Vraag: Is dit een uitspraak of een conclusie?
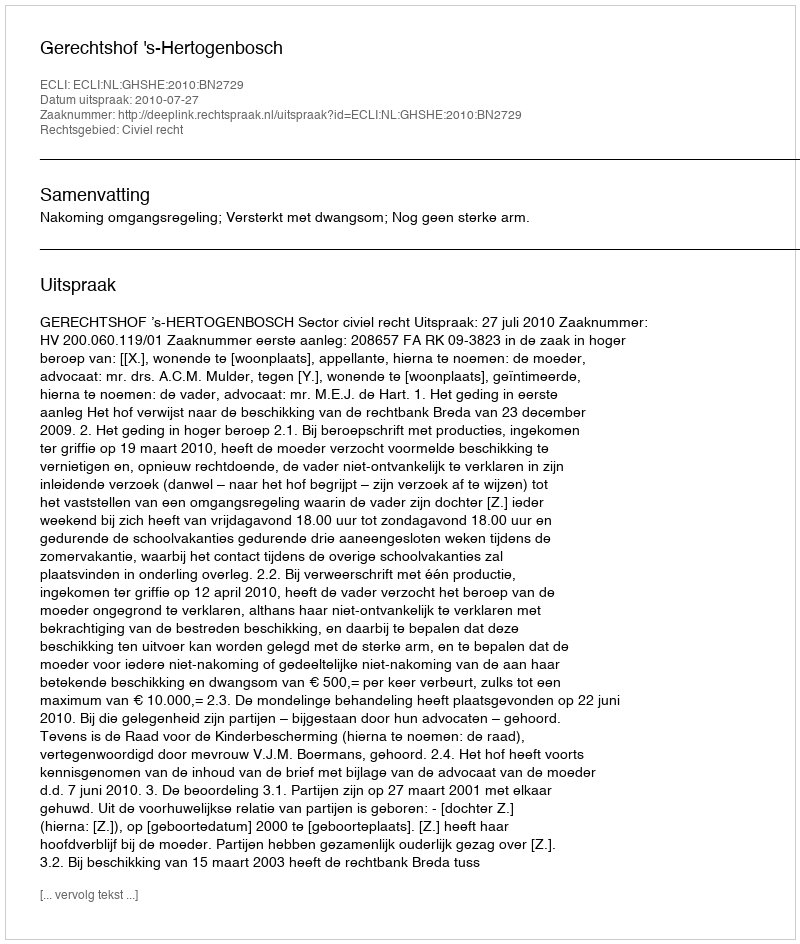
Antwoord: Uitspraak